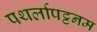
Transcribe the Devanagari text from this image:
पथर्लापट्टनम